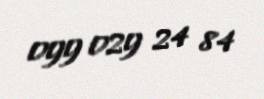
099 029 24 84